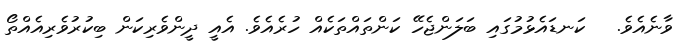
ވާނެއެވެ.   ކަނޑައެޅުމުގައި ބަލަންޖެހޭ ކަންތައްތަކެއް ހުރެއެވެ. އެއީ ދީންވެރިކަން ބިކުރުވެރިއެއްތޯ